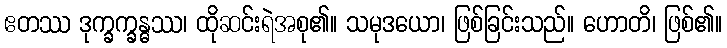
ဧတဿ ဒုက္ခက္ခန္ဓဿ၊ ထိုဆင်းရဲအစု၏။ သမုဒယော၊ ဖြစ်ခြင်းသည်။ ဟောတိ၊ ဖြစ်၏။